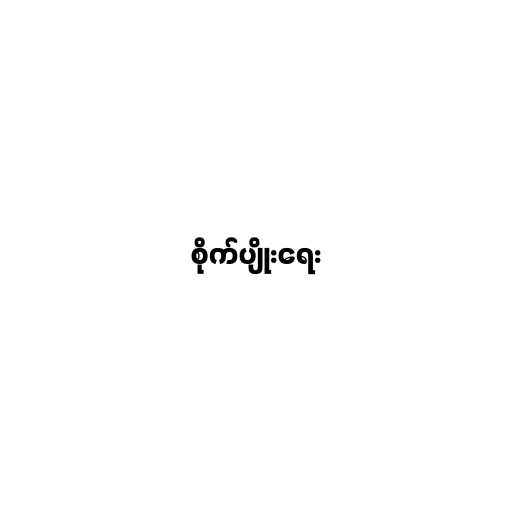
စိုက်ပျိုးရေး